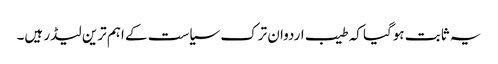
یہ ثابت ہوگیا کہ طیب اردوان ترک سیاست کے اہم ترین لیڈر ہیں۔